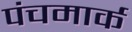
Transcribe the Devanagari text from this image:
पंचमार्क